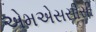
એમએસસીસી